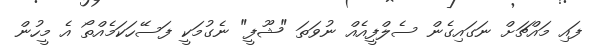
ފައި މައްޗަށް ނަގައިގެން ސެލްފީއެއް ނުވަތަ "ޝޫފީ" ނެގުމަކީ ފަސޭހަކަމެއްތޯ އެ މީހުން